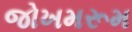
જોખમરૂમ